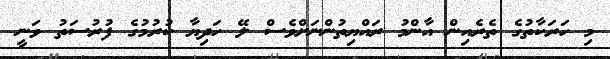
މި ހަރަކާތުގެ ތެރެއިން އާންމު ރައްޔިތުންނަށްވެސް ލޭ ހަދިޔާ ކުރުމުގެ ފުރުސަތު ވަނީ